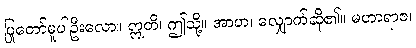
ပြုတော်မူပါဦးလော။ ဣတိ၊ ဤသို့။ အာဟ၊ လျှောက်ဆို၏။ မဟာရာဇ၊